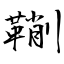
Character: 鞩